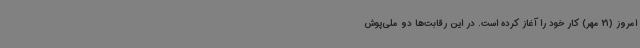
امروز (21 مهر) کار خود را آغاز کرده است. در این رقابت‌ها دو ملی‌پوش